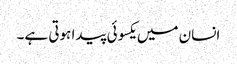
انسان میں یکسوئی پیدا ہوتی ہے۔